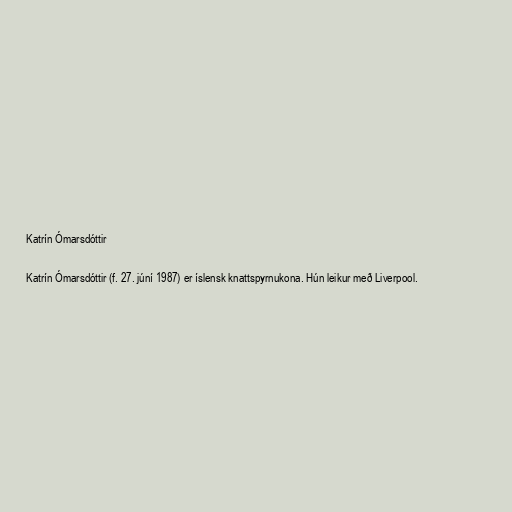
Katrín Ómarsdóttir

Katrín Ómarsdóttir (f. 27. júní 1987) er íslensk knattspyrnukona. Hún leikur með Liverpool.